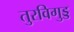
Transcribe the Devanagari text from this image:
तुरविगुड्ड